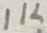
Text: 1K